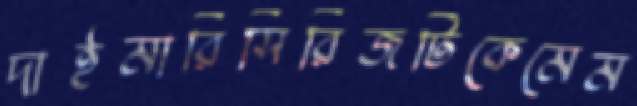
দাইমারিসিরিজটিকেমেম